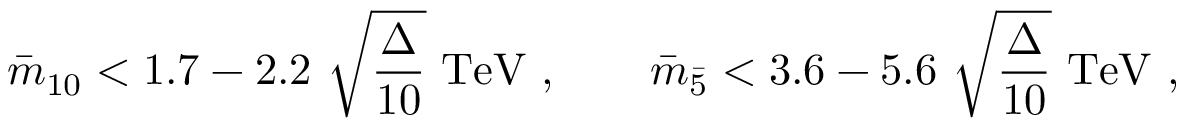
{ \bar { m } } _ { 1 0 } < 1 . 7 - 2 . 2 ~ \sqrt { \frac { \Delta } { 1 0 } } ~ \mathrm { T e V } ~ , ~ ~ ~ ~ ~ ~ { \bar { m } } _ { \bar { 5 } } < 3 . 6 - 5 . 6 ~ \sqrt { \frac { \Delta } { 1 0 } } ~ \mathrm { T e V } ~ ,